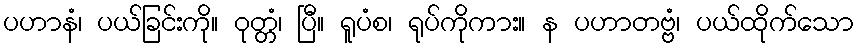
ပဟာနံ၊ ပယ်ခြင်းကို။ ဝုတ္တံ၊ ပြီ။ ရူပံစ၊ ရုပ်ကိုကား။ န ပဟာတဗ္ဗံ၊ ပယ်ထိုက်သော